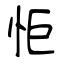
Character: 怇